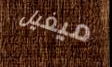
ميغيل